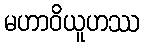
မဟာဝိယူဟဿ